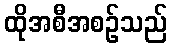
ထိုအစီအစဉ်သည်